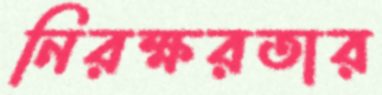
নিরক্ষরতার